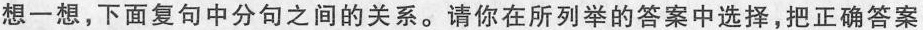
想一想，下面复句中分句之间的关系。请你在所列举的答案中选择，把正确答案